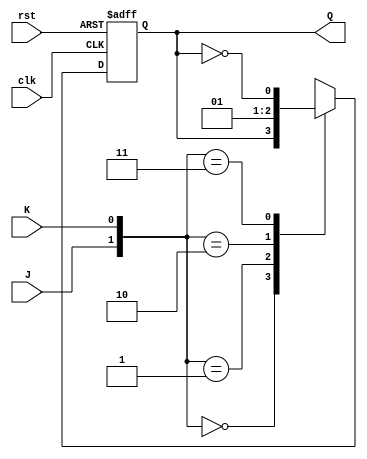
module jk_flipflop (
    input wire clk,
    input wire rst,
    input wire J,
    input wire K,
    output reg Q
);

always @(posedge clk or posedge rst) begin
    if (rst) begin
        Q <= 1'b0;
    end else begin
        case ({J, K})
            2'b00: Q <= Q; // Do nothing
            2'b01: Q <= 1'b0; // Reset to 0
            2'b10: Q <= 1'b1; // Set to 1
            2'b11: Q <= ~Q; // Toggle
        endcase
    end
end

endmodule